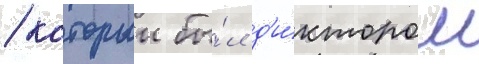
/ которыи бы́л д'и́ктором